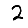
Digit: 2